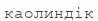
каолиндік